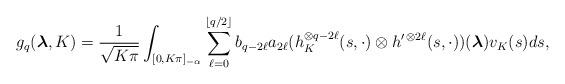
LaTeX: \begin{align*}g_q({\boldsymbol\lambda},K)=\frac{1}{\sqrt{K\pi}}\int_{[0,K\pi]_{-\alpha}}\sum^{\left\lfloor q/2\right\rfloor}_{\ell=0}b_{q-2\ell}a_{2\ell}(h^{\otimes q-2\ell}_K(s,\cdot)\otimes h^{\prime\,\otimes 2\ell}(s,\cdot))({\boldsymbol\lambda})v_K(s)ds,\end{align*}